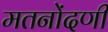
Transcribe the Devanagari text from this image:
मतनोंदणी